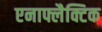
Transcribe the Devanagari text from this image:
एनाफ्लैक्टिक